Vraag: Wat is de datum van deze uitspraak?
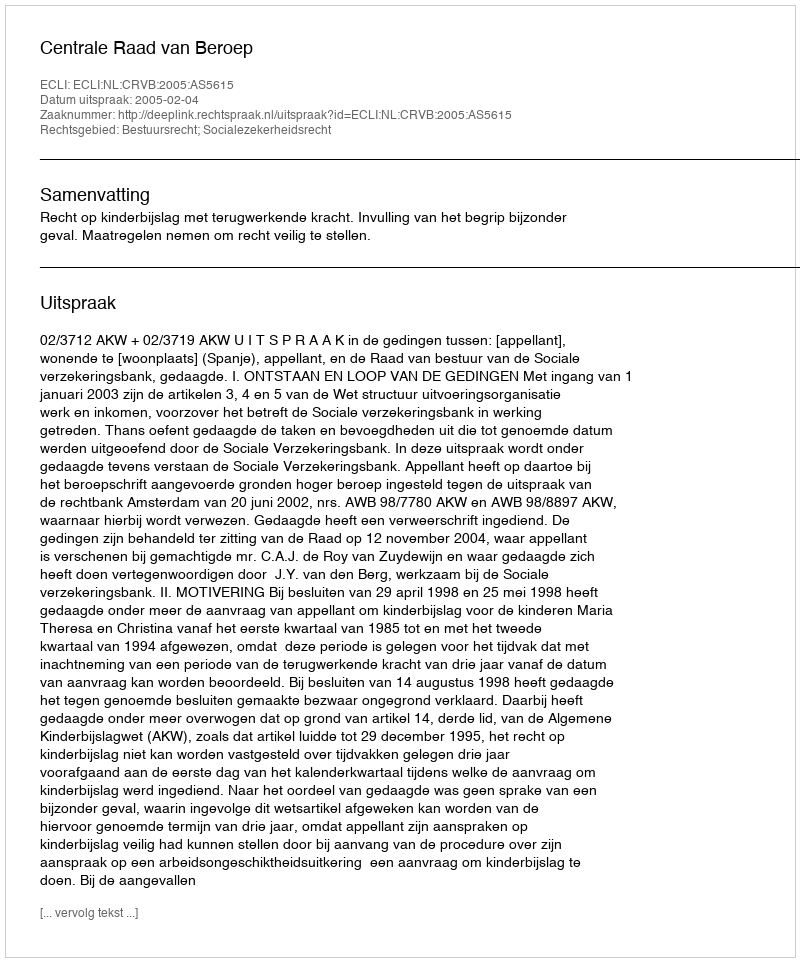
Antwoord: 2005-02-04